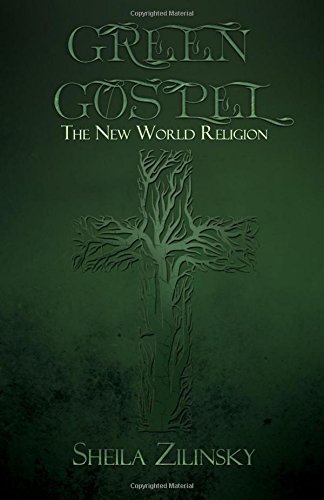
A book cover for Green Gospel: The New World Religion; Sheila Zilinsky; Science & Math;